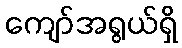
ကျော်အရွယ်ရှိ